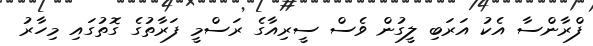
ފްރާންސާ އެކު އަރަބި ލީގުން ވެސް ސީރިއާގެ ރަސްމީ ފަރާތުގެ ގޮތުގައި މިހާރު